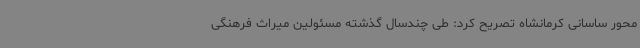
محور ساسانی کرمانشاه تصریح کرد: طی چندسال گذشته مسئولین میراث فرهنگی